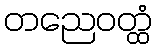
တညေဝတ္ထံ